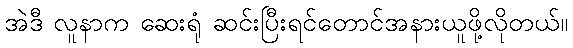
အဲဒီ လူနာက ဆေးရုံ ဆင်းပြီးရင်တောင်အနားယူဖို့လိုတယ်။